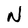
Character: N